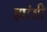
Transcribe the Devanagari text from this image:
झांडी